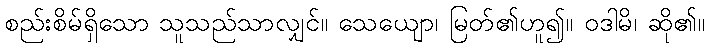
စည်းစိမ်ရှိသော သူသည်သာလျှင်။ သေယျော၊ မြတ်၏ဟူ၍။ ဝဒါမိ၊ ဆို၏။